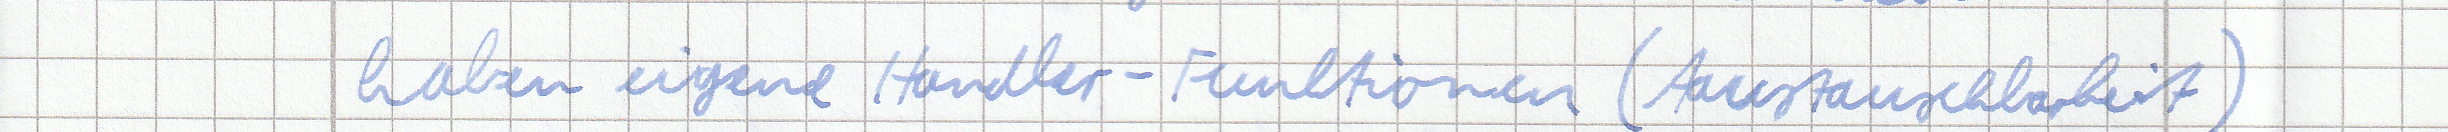
haben eigene Handler-Funktionen (Austauschbarkeit)